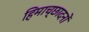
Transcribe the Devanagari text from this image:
हिमाच्छादनों